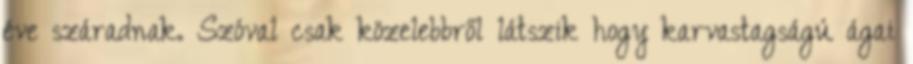
éve száradnak. Szóval csak közelebbről látszik hogy karvastagságú ágai